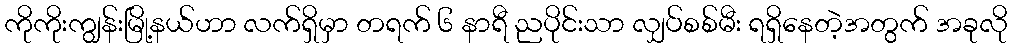
ကိုကိုးကျွန်းမြို့နယ်ဟာ လက်ရှိမှာ တရက် ၆ နာရီ ညပိုင်းသာ လျှပ်စစ်မီး ရရှိနေတဲ့အတွက် အခုလို